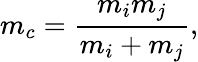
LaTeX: m_{c}=\frac{m_{i}m_{j}}{m_{i}+m_{j}},